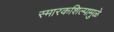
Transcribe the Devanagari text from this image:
स्मारकशिल्पामुळे